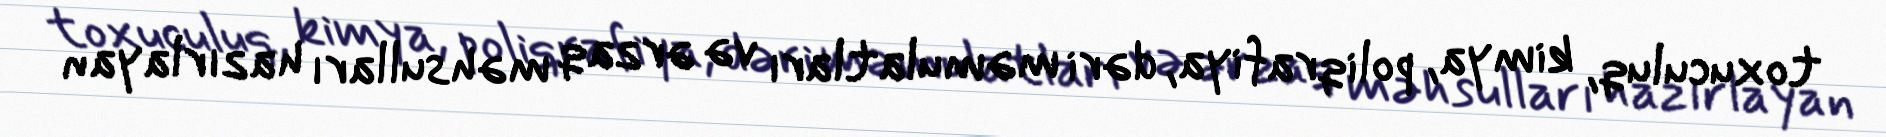
toxuculuq, kimya, poliqrafiya, dəri məmulatları və ərzaq məhsulları hazırlayan